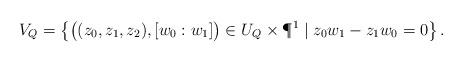
LaTeX: \begin{align*} V_Q=\left\{\big{(}(z_0,z_1,z_2),[w_0:w_1]\big{)}\in U_Q\times \P^1\mid z_0w_1-z_1w_0=0 \right\}. \end{align*}